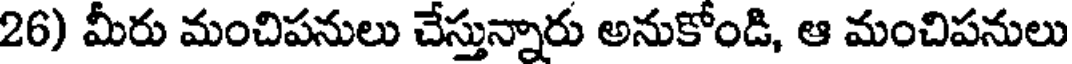
26) మీరు మంచిపనులు చేస్తున్నారు అనుకోండి, ఆ మంచిపనులు